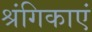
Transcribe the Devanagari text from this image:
श्रंगिकाएं